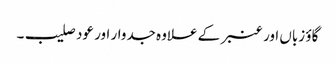
گاؤ زباں اور عنبر کے علاوہ جدوار اور عود صلیب۔